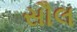
સૌલ